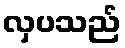
လှပသည်